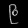
Digit: ၉